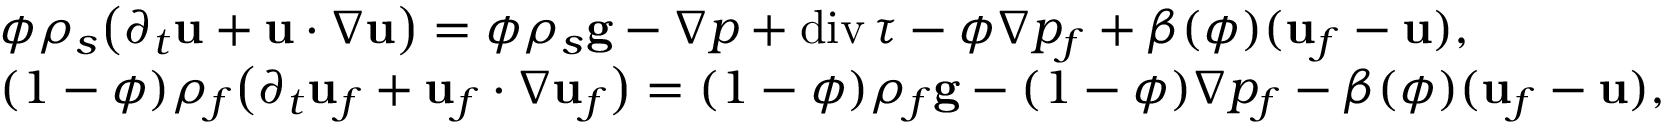
\begin{array} { r l } & { \phi \rho _ { s } \big ( \partial _ { t } { \bf u } + { \bf u } \boldsymbol { \cdot } \nabla { \bf u } \big ) = \phi \rho _ { s } { \bf g } - \nabla p + \mathrm { d i v } \, \boldsymbol { \tau } - \phi \nabla p _ { f } + \beta ( \phi ) ( { \bf u } _ { f } - { \bf u } ) , } \\ & { ( 1 - \phi ) \rho _ { f } \big ( \partial _ { t } { \bf u } _ { f } + { \bf u } _ { f } \boldsymbol { \cdot } \nabla { \bf u } _ { f } \big ) = ( 1 - \phi ) \rho _ { f } { \bf g } - ( 1 - \phi ) \nabla p _ { f } - \beta ( \phi ) ( { \bf u } _ { f } - { \bf u } ) , } \end{array}